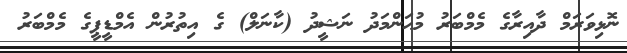
ނޮޅިވަރަމް ދާއިރާގެ މެމްބަރު މުޙަންމަދު ނަޝީދު (ކާނަލް) ގެ އިތުރުން އެމްޑީޕީގެ މެމްބަރު